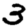
Digit: 3